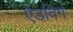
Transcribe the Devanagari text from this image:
ऍडविग